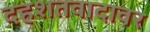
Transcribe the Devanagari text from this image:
दहशतवादावर